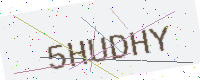
Text: 5HUDHY